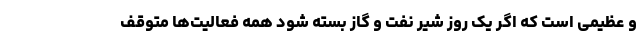
و عظیمی است که اگر یک روز شیر نفت و گاز بسته شود همه فعالیت‌ها متوقف